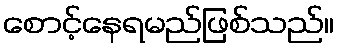
စောင့်နေရမည်ဖြစ်သည်။